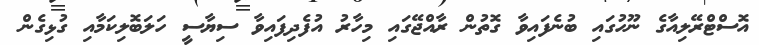
އޮސްޓްރޭލިއާގެ ނޫހުގައި ބުނެފައިވާ ގޮތުން ރާއްޖޭގައި މިހާރު އުފެދިފައިވާ ސިޔާސީ ހަލަބޮލިކަމާއި ގުޅިގެން